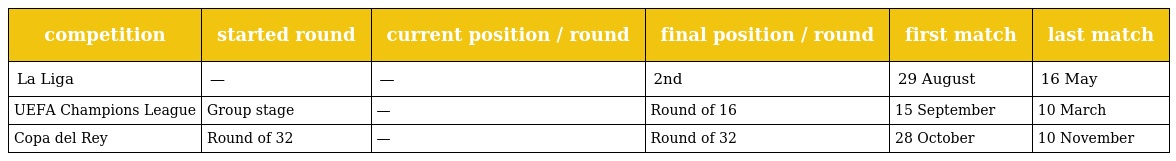
| competition | started round | current position / round | final position / round | first match | last match |
 | --- | --- | --- | --- | --- | --- |
 | La Liga | — | — | 2nd | 29 August | 16 May |
 | UEFA Champions League | Group stage | — | Round of 16 | 15 September | 10 March |
 | Copa del Rey | Round of 32 | — | Round of 32 | 28 October | 10 November |